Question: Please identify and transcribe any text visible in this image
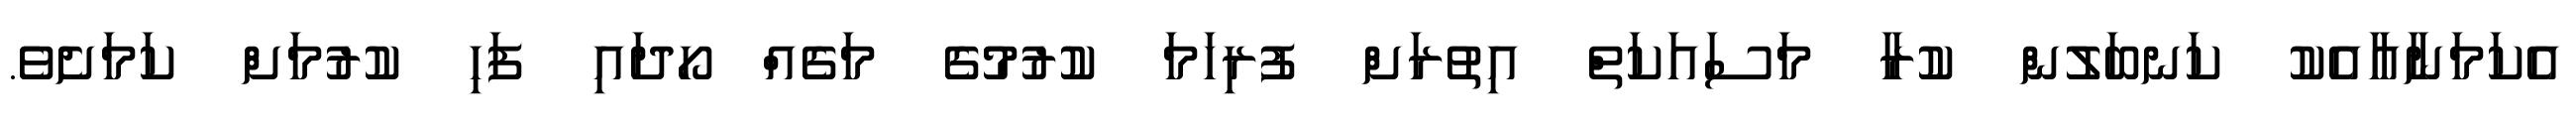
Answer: އެކަމަނާއާއެކު ކަނބަލުން ކުރާ މަސައަކަތް އިތުރަށް ފުރިހަމަ ކުރުމުގެ މަގެއް ހޯދައި ފަހި ކުރުމަށް ކަމަށެވެ.